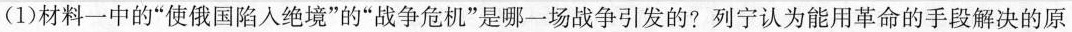
(1)材料一中的”使俄国陷入绝境”的”战争危机”是哪-场战争引发的?列宁认为能用革命的手段解决的原